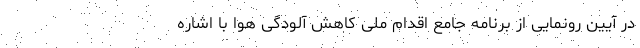
در آیین رونمایی از برنامه جامع اقدام ملی کاهش آلودگی هوا با اشاره